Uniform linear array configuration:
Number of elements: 32
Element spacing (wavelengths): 0.5
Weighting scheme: uniform
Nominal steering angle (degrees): -15
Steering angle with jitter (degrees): -14.239
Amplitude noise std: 0.05
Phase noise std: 0.05

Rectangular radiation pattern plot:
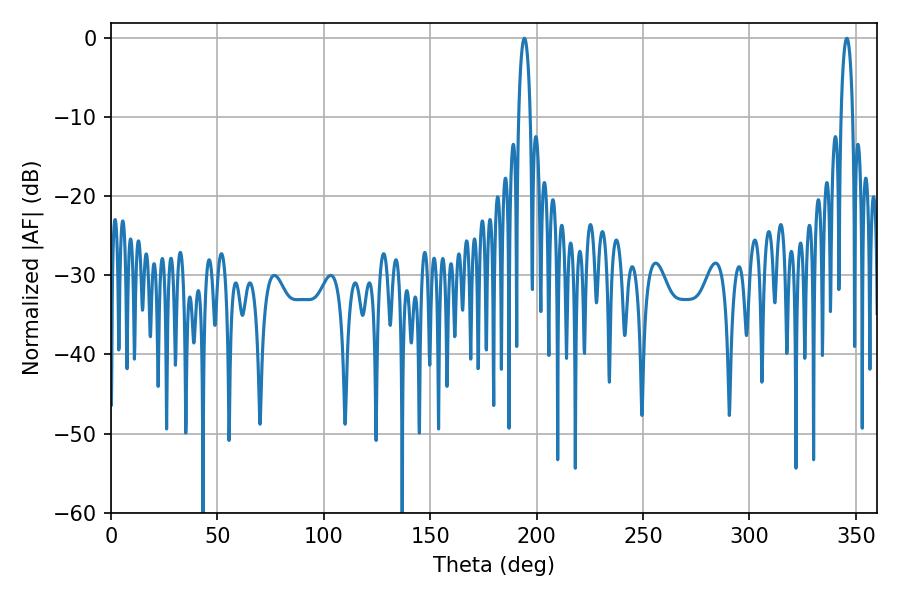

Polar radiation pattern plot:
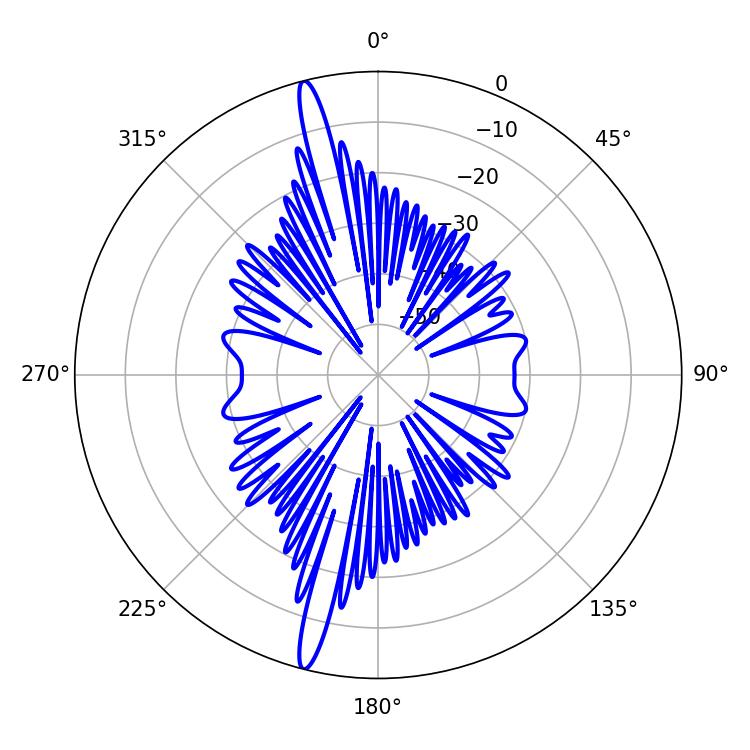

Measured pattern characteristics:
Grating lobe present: FALSE
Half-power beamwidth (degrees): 3.06
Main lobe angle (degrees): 194.22